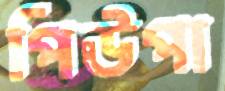
পিউপা